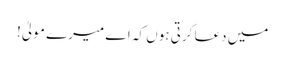
میں دعا کرتی ہوں کہ اے میرے مولیٰ!